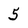
Character: 5